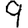
Digit: 9